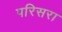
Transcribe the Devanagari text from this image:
परिसरा